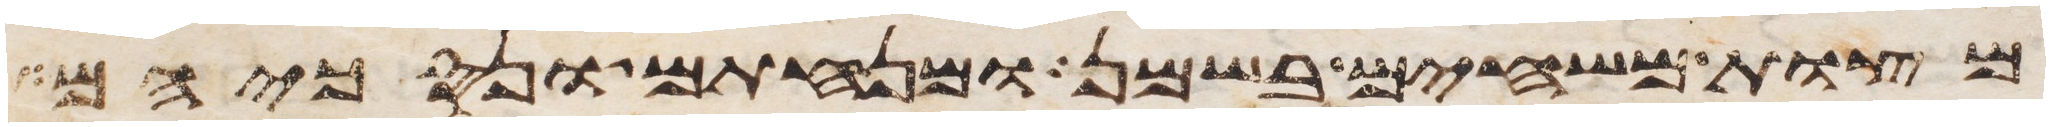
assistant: מצות משחים בשמן ומנחתם ונסכיהם